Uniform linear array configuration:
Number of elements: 24
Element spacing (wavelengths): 1
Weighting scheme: kaiser
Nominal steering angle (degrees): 15
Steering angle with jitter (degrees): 13.387
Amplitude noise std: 0.05
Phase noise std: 0.05

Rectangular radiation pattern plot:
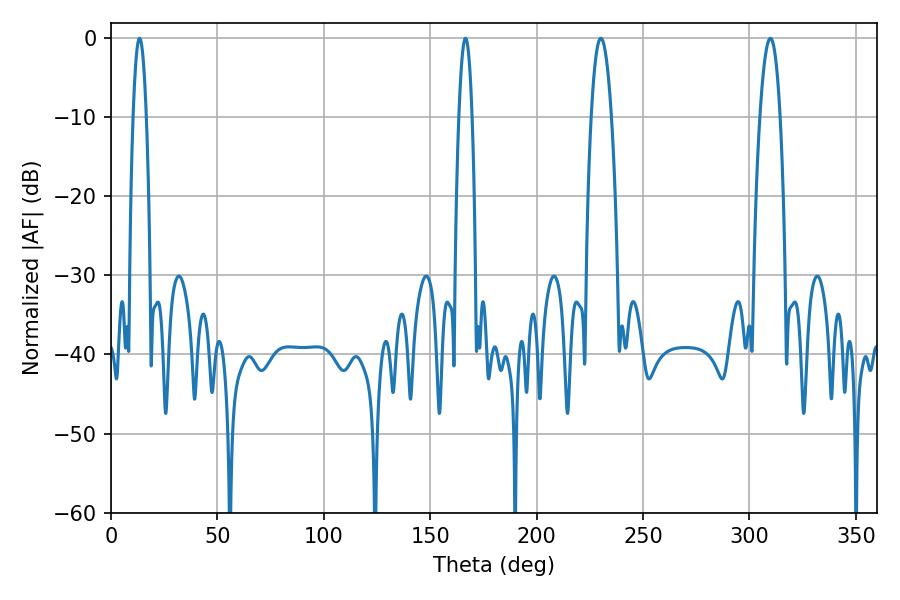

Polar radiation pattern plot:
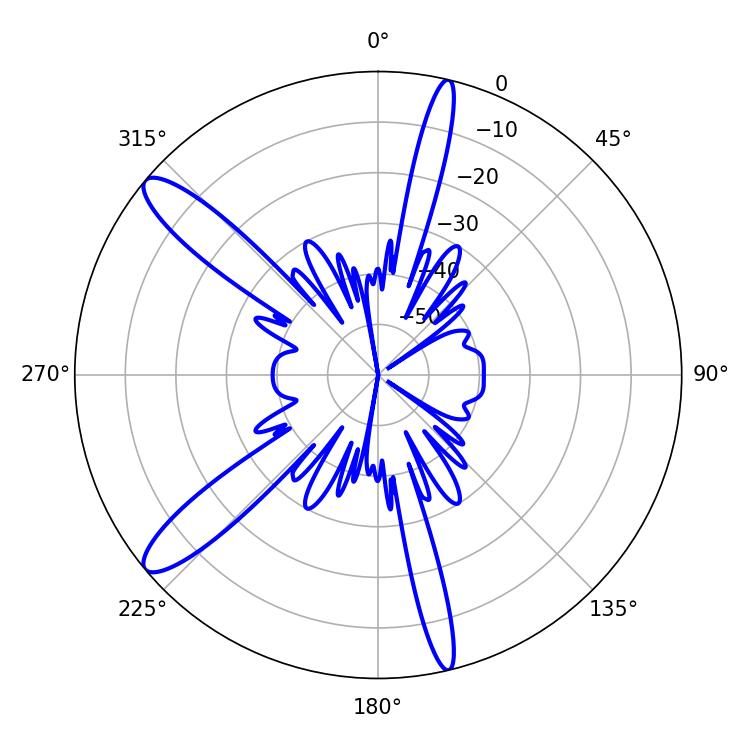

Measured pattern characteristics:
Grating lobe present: TRUE
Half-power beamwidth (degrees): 5.22
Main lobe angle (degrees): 309.78